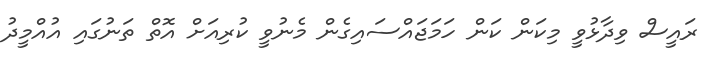
ރައީސް ވިދާޅުވީ މިކަން ކަން ހަމަޖައްސައިގެން މެނުވީ ކުރިއަށް އޮތް ތަނުގައި އުއްމީދު